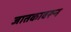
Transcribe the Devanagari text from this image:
जातकावरून